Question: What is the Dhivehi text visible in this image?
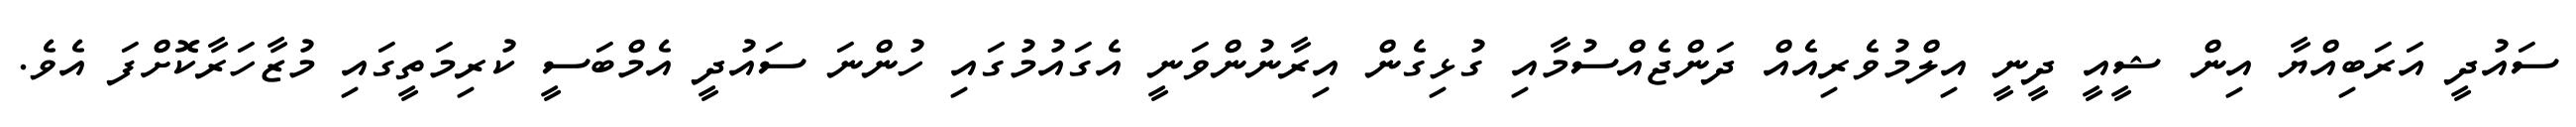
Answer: ސައުދީ އަރަބިއްޔާ އިން ޝީއީ ދީނީ އިލްމުވެރިއެއް ދަންޖެއްސުމާއި ގުޅިގެން އިރާނުންވަނީ އެގައުމުގައި ހުންނަ ސައުދީ އެމްބަސީ ކުރިމަތީގައި މުޒާހަރާކޮށްފަ އެވެ.